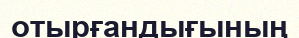
отырғандығының